Black-water fever - Number 35
Disease focus: Fever
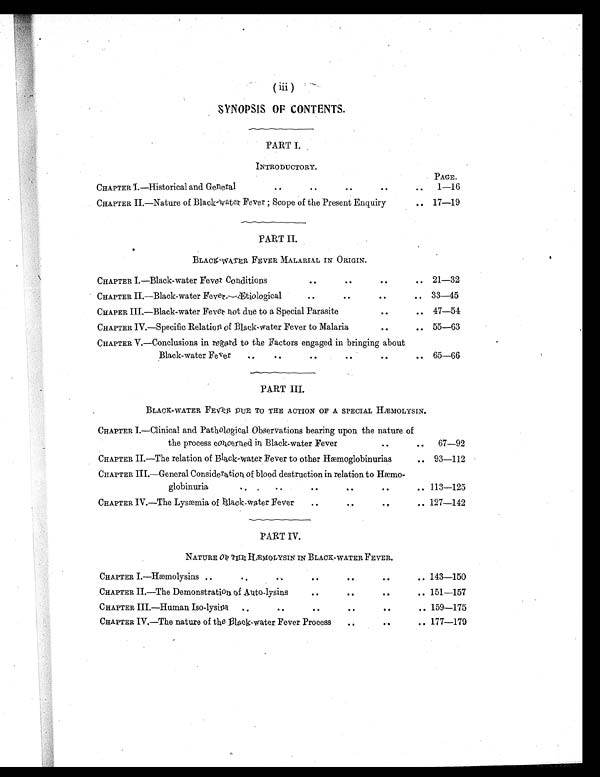
(iii)
SYNOPSIS OF CONTENTS.
PART I.
INTRODUCTORY.
PAGE.
CHAPTER I.—Historical and General
. .
..
..
..
. . 1—16
CHAPTER II.—Nature of Black-water Fever ; Scope of the Present Enquiry
. .
17—19
PART II.
BLACK-WATER FEVER MALARIAL IN ORIGIN.
CHAPTER I.—Black-water Fever Conditions
..
..
..
. . 21—32
CHAPTER II.—Black-water Fever.—Ætiological
..
..
..
. . 33—45
CHAPER III.—Black-water Fever not due to a Special Parasite
..
. . 47—54
CHAPTER IV.—Specific Relation of Black-water Fever to Malaria
..
..
55—63
CHAPTER V.—Conclusions in regard to the Factors engaged in bringing about
Black-water Fever
. . ..
..
..
..
. .
65—66
PART III.
BLACK-WATER FEVER DUE TO THE ACTION OF A SPECIAL HÆMOLYSIN.
CHAPTER I.—Clinical and Pathological Observations bearing upon the nature of
the process concerned in Black-water Fever
..
..
67—92
CHAPTER II.—The relation of Black-water Fever to other Hæmoglobinurias
..
93—112
CHAPTER III.—General Consideration of blood destruction in relation to Hæmo-
globinuria
..
. .
..
..
..
..
113—125
CHAPTER IV.—The Lysæmia of Black-water Fever
..
..
..
.. 127—142
PART IV.
NATURE OF THE HÆMOLYSIN IN BLACK-WATER FEVER.
CHAPTER I.—Hæmolysins . .
. .
. .
. .
..
..
.. 143—150
CHAPTER II.—The Demonstration of Auto-lysins
. .
..
..
.. 151—157
CHAPTER III.—Human Iso-lysins
. .
..
. .
..
..
.. 159—175
CHAPTER IV.—The nature of the Black-water Fever Process
..
..
..
177—179